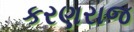
કરણરાજ